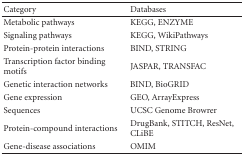
<table><thead><tr><td><b>Category</b></td><td><b>Databases</b></td></tr></thead><tbody><tr><td>Metabolic pathways</td><td>KEGG, ENZYME</td></tr><tr><td>Signaling pathways</td><td>KEGG, WikiPathways</td></tr><tr><td>Protein-protein interactions</td><td>BIND, STRING</td></tr><tr><td>Transcription factor binding motifs</td><td>JASPAR, TRANSFAC</td></tr><tr><td>Genetic interaction networks</td><td>BIND, BioGRID</td></tr><tr><td>Gene expression</td><td>GEO, ArrayExpress</td></tr><tr><td>Sequences</td><td>UCSC Genome Browrer</td></tr><tr><td>Protein-compound interactions</td><td>DrugBank, STITCH, ResNet, CLiBE</td></tr><tr><td>Gene-disease associations</td><td>OMIM</td></tr></tbody></table>